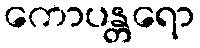
ကောပန္တရော